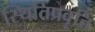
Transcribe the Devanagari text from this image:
स्थितिप्रवृत्ति